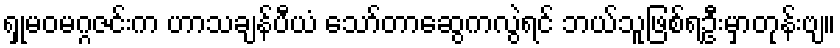
ရှုမဝမဂ္ဂဇင်းက ဟာသချန်ပီယံ သော်တာဆွေကလွဲရင် ဘယ်သူဖြစ်ရဦးမှာတုန်းဗျ။